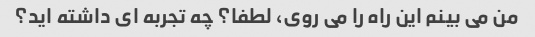
من می بینم این راه را می روی، لطفا؟ چه تجربه ای داشته اید؟